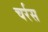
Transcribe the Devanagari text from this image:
चर्रस